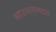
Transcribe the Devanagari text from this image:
साउथएम्प्टन